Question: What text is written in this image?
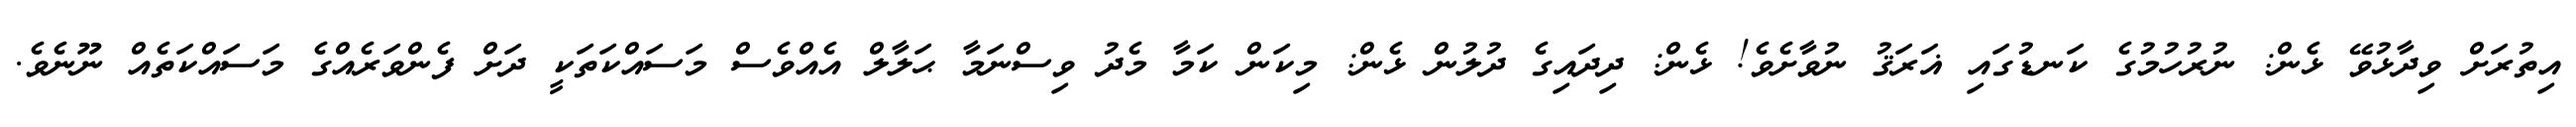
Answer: އިތުރަށް ވިދާޅުވޭ ޅެން: ނުރުހުމުގެ ކަނޑުގައި ޣަރަޤު ނުވާށެވެ! ޅެން: ދިދައިގެ ދުލުން ޅެން: މިކަން ކަމާ މެދު ވިސްނަމާ ޙަލާލް އެއްވެސް މަސައްކަތަކީ ދަށް ފެންވަރެއްގެ މަސައްކަތެއް ނޫނެވެ.